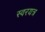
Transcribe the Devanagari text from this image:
स्वरयत्र